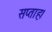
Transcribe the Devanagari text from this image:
सप्ताह।